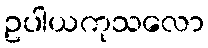
ဥပါယကုသလော